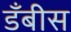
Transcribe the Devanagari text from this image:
डँबीस